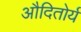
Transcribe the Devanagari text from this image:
औदितोर्य